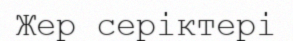
Жер серіктері